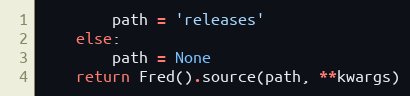
Language: Python
        path = 'releases'
    else:
        path = None
    return Fred().source(path, **kwargs)